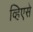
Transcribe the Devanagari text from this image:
व्हिएसे